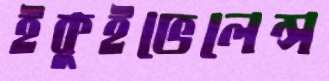
ইকুইভেলেন্স